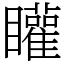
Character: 矔